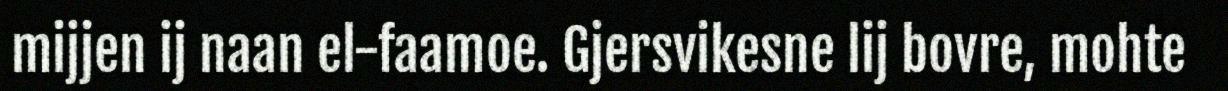
mijjen ij naan el-faamoe. Gjersvikesne lij bovre, mohte